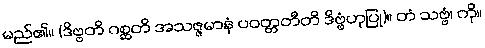
မည်၏။ (ဒိဗ္ဗတိ ဂစ္ဆတိ အသဇ္ဇမာနံ ပဝတ္တတီတိ ဒိဗ္ဗံဟုပြု)။ တံ သဗ္ဗံ၊ ကို။